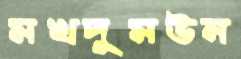
মখদুমউন